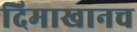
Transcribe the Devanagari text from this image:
दिमाखानच